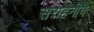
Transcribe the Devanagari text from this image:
सराहनीये